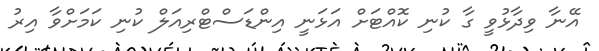
އޭނާ ވިދާޅުވީ ގާ ކުނި ކޮއްޓަށް އަޅަނީ އިންޑަސްޓްރިއަލް ކުނި ކަމަށްވާ އިރު